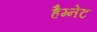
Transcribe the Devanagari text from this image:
हैम्नेट